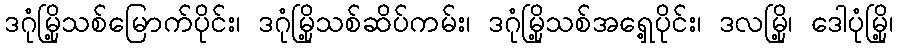
ဒဂုံမြို့သစ်မြောက်ပိုင်း၊ ဒဂုံမြို့သစ်ဆိပ်ကမ်း၊ ဒဂုံမြို့သစ်အရှေ့ပိုင်း၊ ဒလမြို့၊ ဒေါပုံမြို့၊